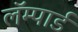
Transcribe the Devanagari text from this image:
लॅम्पार्ड